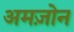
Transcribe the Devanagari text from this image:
अमज़ोन